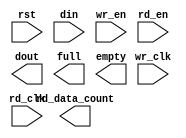
module rx_fifo(
  rst,
  wr_clk,
  rd_clk,
  din,
  wr_en,
  rd_en,
  dout,
  full,
  empty,
  rd_data_count
);

input rst;
input wr_clk;
input rd_clk;
input [7 : 0] din;
input wr_en;
input rd_en;
output [63 : 0] dout;
output full;
output empty;
output [7 : 0] rd_data_count;

endmodule